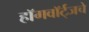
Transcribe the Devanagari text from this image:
हॉगवॉर्ट्‌जचे